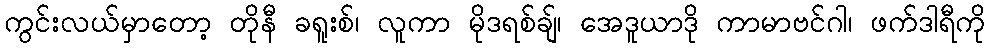
ကွင်းလယ်မှာတော့ တိုနီ ခရူးစ်၊ လူကာ မိုဒရစ်ချ်၊ အေဒူယာဒို ကာမာဗင်ဂါ၊ ဖက်ဒါရီကို